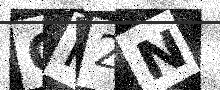
Text: GH2N